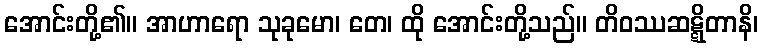
အောင်းတို့၏။ အာဟာရော သုခုမော၊ တေ၊ ထို အောင်းတို့သည်။ တိဝဿဆဋ္ဋိတာနိ၊